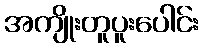
အကျိုးတူပူးပေါင်း